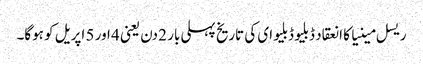
ریسل مینیا کا انعقاد ڈبلیو ڈبلیو ای کی تاریخ پہلی بار 2 دن یعنی 4 اور 5 اپریل کو ہوگا۔